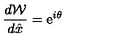
{ \frac { d { \cal W } } { d \hat { x } } } = \mathrm { e } ^ { i \theta }